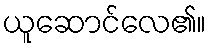
ယူဆောင်လေ၏။